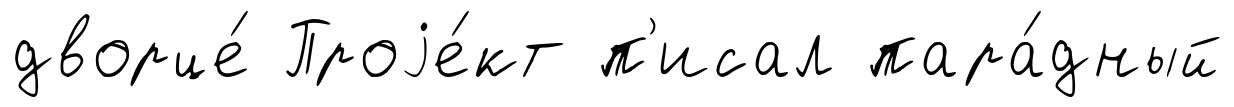
дворце́ Проjе́кт п'исал пара́дный